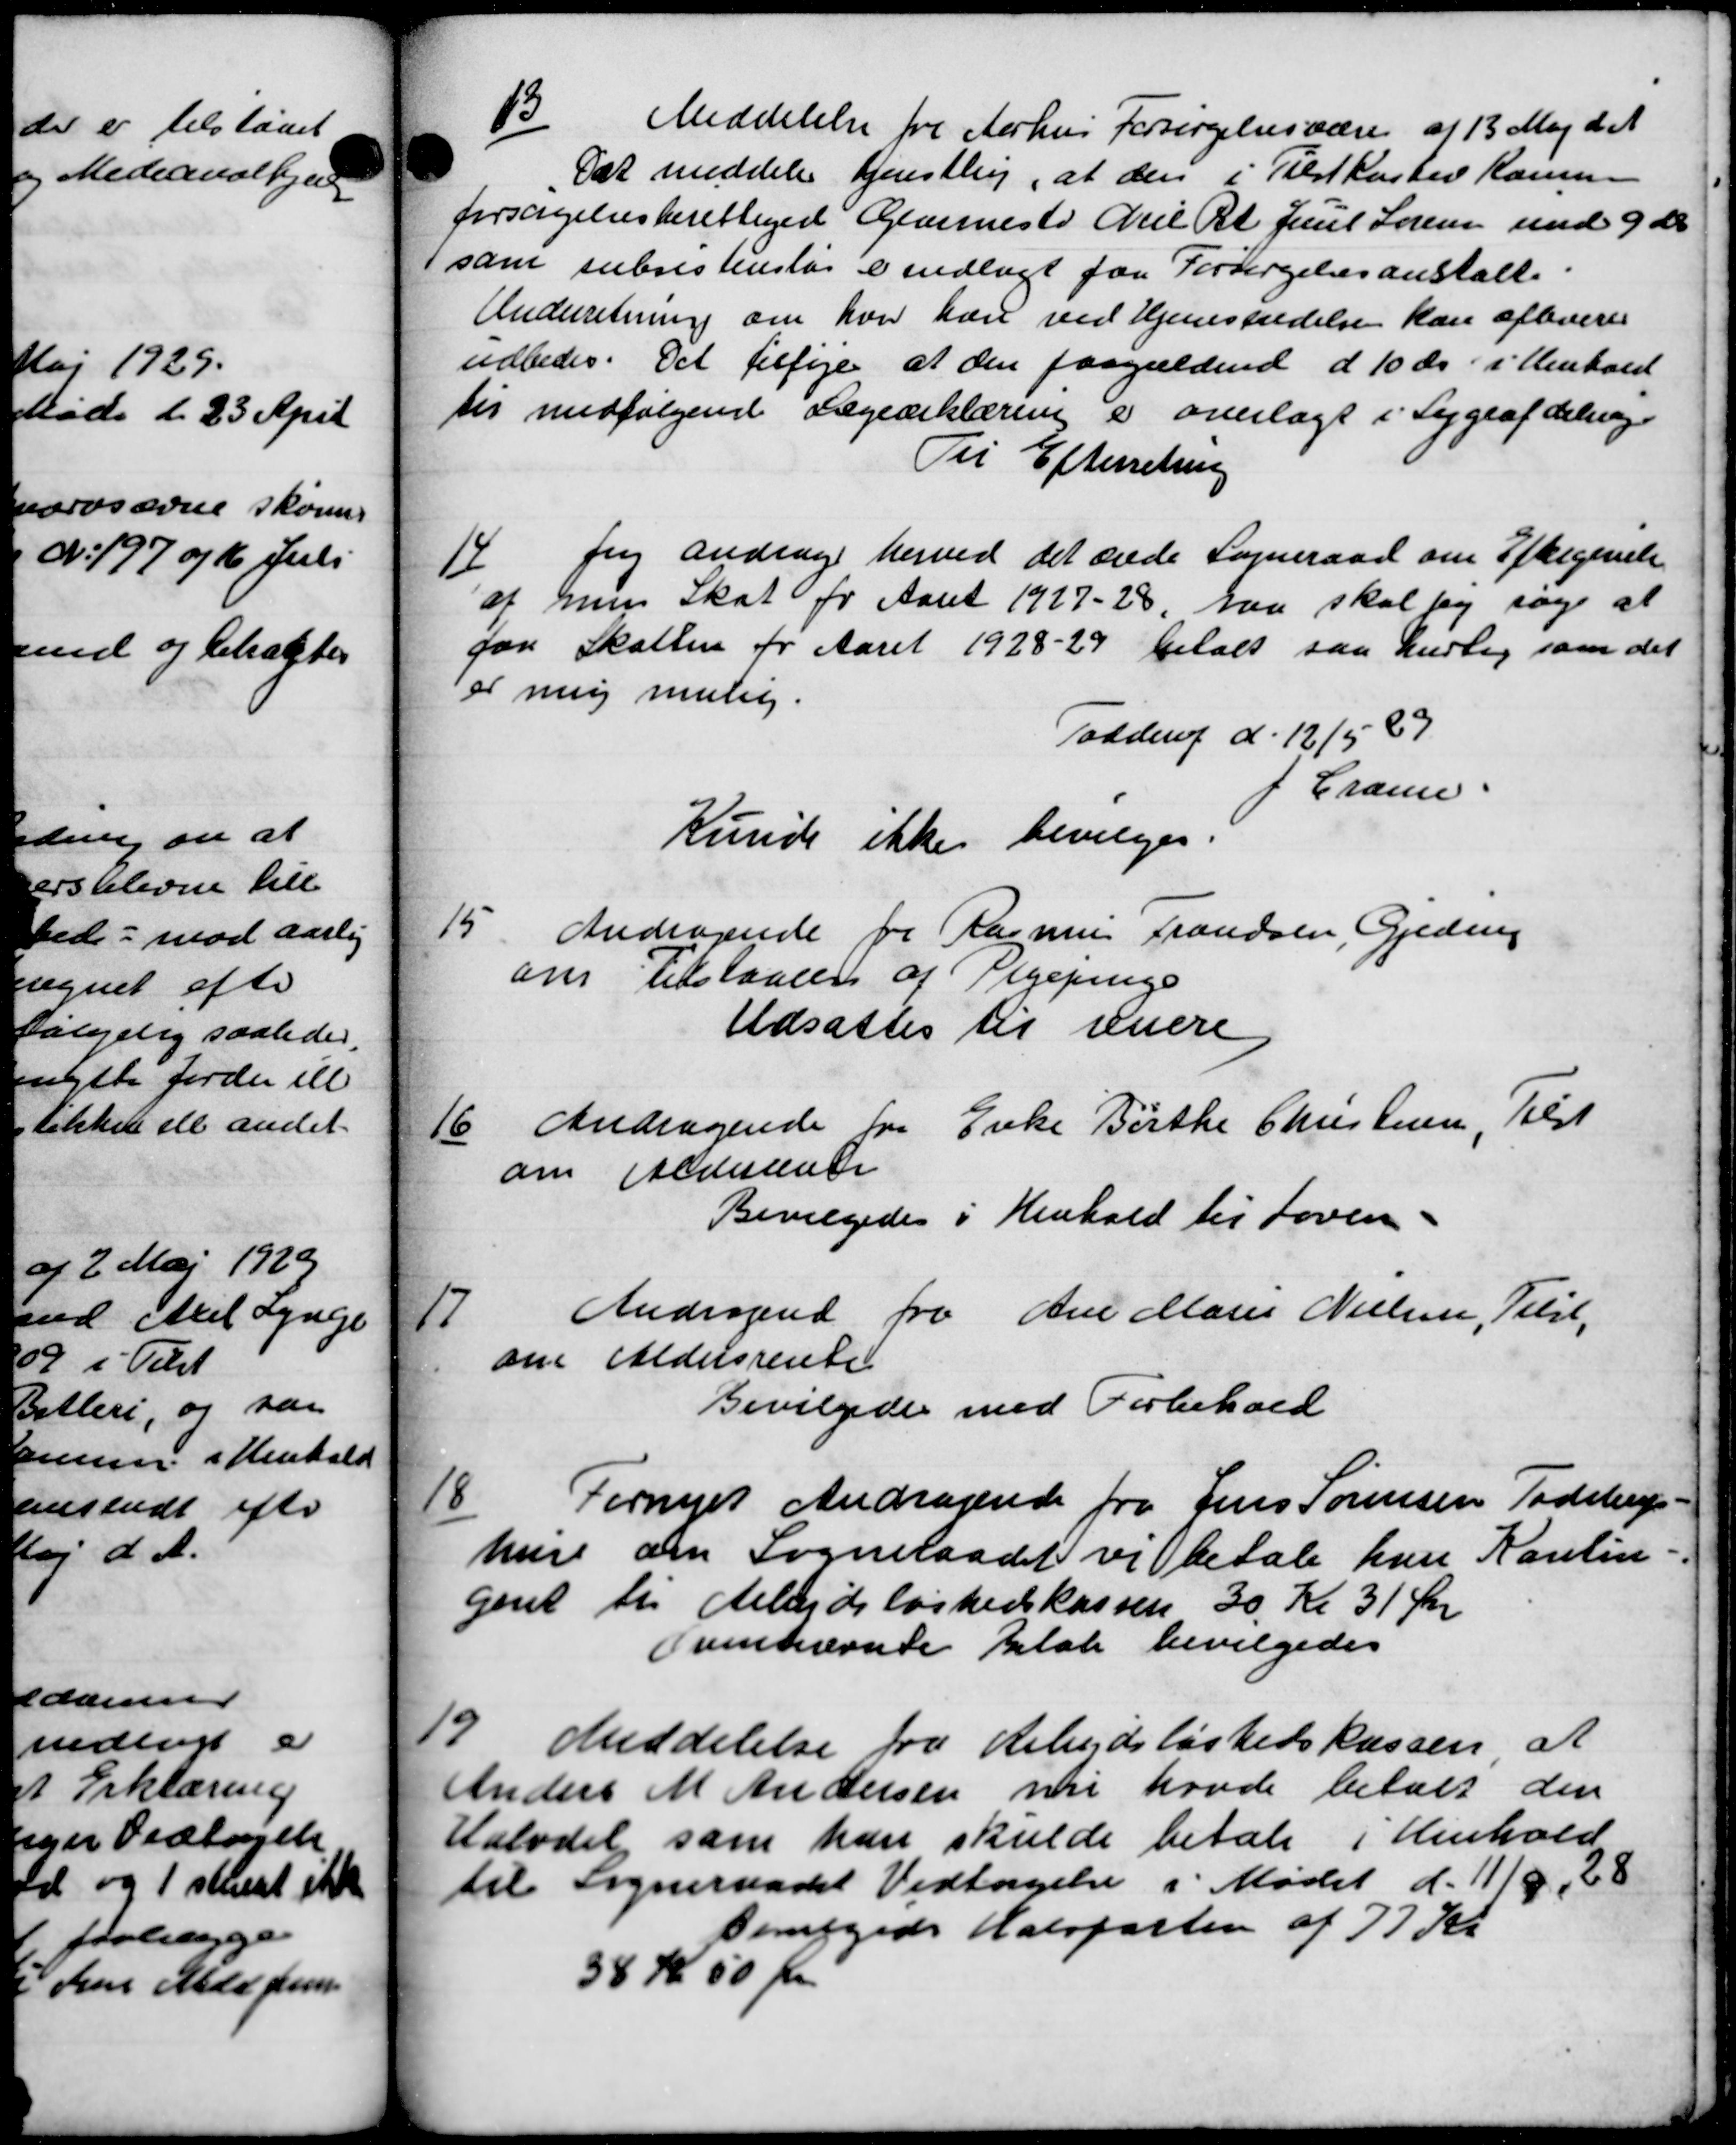
Transskription:
13
Meddelelse fra Aarhus Forsørgelsesvære af 13 Maj d. A.
Det meddele Henstling, at den i Tilstkasted Konsen
forsørgelsesberettiget Ganneste Axel Pt Juul Sørensen med 9 ds
som subsistensløs i indlagt paa Forsørgelsesanstalt.
Underretning om hver han ved Hjemstedelse kan aflevere
udbedes. Det tilføje at den paagældende d 10 ds i Henhold
tes medfølgende Lægeerklæring er overlagt i Sygeafdeling
Til Efterretning
ferg andrag herved det ærede Sogneraad om Eftergivelse
1
af hun Skat for Aaret 1927-28, saa skal jeg søge at
for Skatten for Aaret 1928-29 betalt saa nedlig som det
er mig mulig.
Todding d. 12/5 89
Crame
Kunde ikke bevilges.
15
Andragende for Rasmus Frandsen, Gjeding
om Tilstaaelse af Pigepenge
Udsattes til Luere
6. Andragende fra Enke Birthe Christensen, Elst
om Aldersen
Bevilgedes i Henhold til Loven-

Andragende fra Ane Marie Nielsen, Tilst
om Aldersrente
Bevilgedes med Forbehold
10
Fornyet Andragende fra Jens Sørensen Tødstrup
hure om Sogneraadet vi betale han Kautin.
garet til Arbejdsløshedskassen 30 Kr 31 Øre
Ovennævnte Betale bevilgedes
19
Meddelelse fra Arbejdsløshedskassen at
Anders M Andersen nu havde betalt den
Halvdel som han skulde betale i Henhold
til Sogneraadet Vedtagelse i Mødet d. 11/8 28
Bevilgedes Halvparten af 77 Kr.
38 Kr 50 Øre